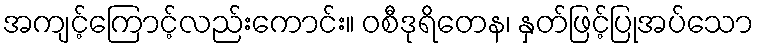
အကျင့်ကြောင့်လည်းကောင်း။ ဝစီဒုရိတေန၊ နှတ်ဖြင့်ပြုအပ်သော